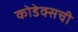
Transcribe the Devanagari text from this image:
कोडेक्सची